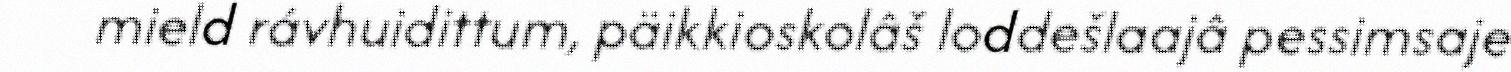
mield rávhuidittum, päikkioskolâš loddešlaajâ pessimsaje